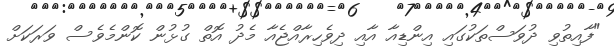
"ފާއިތުވި ދުވަސްތަކުގައި އިންޑިއާ އާއި ދިވެހިރާއްޖެއާ މެދު އޮތް ގުޅުން ކޮންމެވެސް ވަރަކަށް